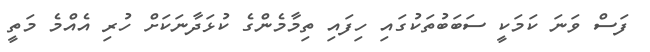
ފަސް ވަނަ ކަމަކީ ސަބަބުތަކުގައި ހިފައި ތިމާމެންގެ ކުޅަދާނަކަށް ހުރި އެއްމެ މަތީ